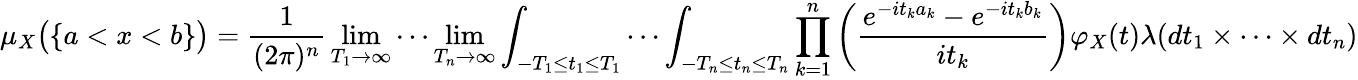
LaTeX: \mu_{X}{\big(}\{ a<x<b\} {\big)}={\frac{1}{(2\pi)^{n}}}\operatorname*{lim}_{T_{1}\to\infty}\cdots\operatorname*{lim}_{T_{n}\to\infty}\int_{-T_{1}\leq t_{1}\leq T_{1}}\cdots\int_{-T_{n}\leq t_{n}\leq T_{n}}\prod_{k=1}^{n}\left({\frac{e^{-it_{k}a_{k}}-e^{-it_{k}b_{k}}}{it_{k}}}\right)\varphi_{X}(t)\lambda(dt_{1}\times\cdots\times dt_{n})